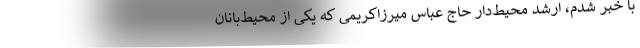
با خبر شدم، ارشد محیط‌دار حاج عباس میرزاکریمی که یکی از محیط‌بانان